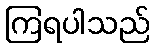
ကြရပါသည်